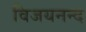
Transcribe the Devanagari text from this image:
विजयनन्द